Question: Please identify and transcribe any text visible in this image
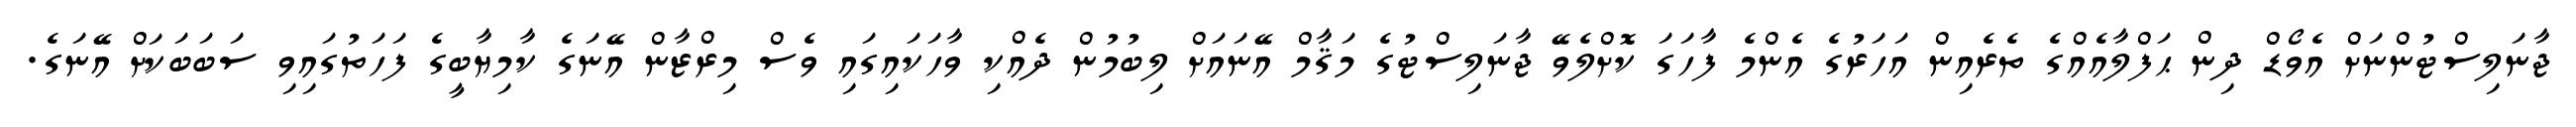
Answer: ޖާނަލިސްޓުންނަށް އެވޯޑް ދިން ޙަފްލާއެއްގެ ތެރެއިން އަހަރުގެ އެންމެ ފާހަގަ ކޮށްލެވޭ ޖާނަލިސްޓުގެ މަޤާމް އޭނައަށް ލިބުމުން ދެއްކި ވާހަކައިގައި ވެސް މިރްޒާން އޭނަގެ ކާމިޔާބީގެ ފަހަތުގައިވި ސަބަބަކަށް އޭނަގެ.